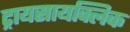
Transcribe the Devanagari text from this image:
ट्रायसायक्लिक